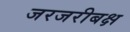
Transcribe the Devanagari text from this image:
जरजरीबक्ष